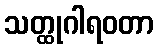
သတ္ထုဂါရဝတာ